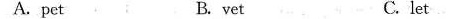
A.pet B.vet C.let